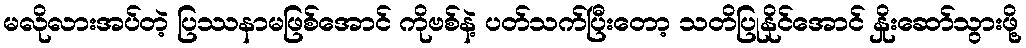
မလိုလားအပ်တဲ့ ပြဿနာမဖြစ်အောင် ကိုဗစ်နဲ့ ပတ်သက်ပြီးတော့ သတိပြုနိုင်အောင် နှိုးဆော်သွားဖို့